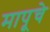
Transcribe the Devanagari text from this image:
मापूचे